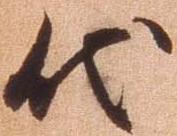
代